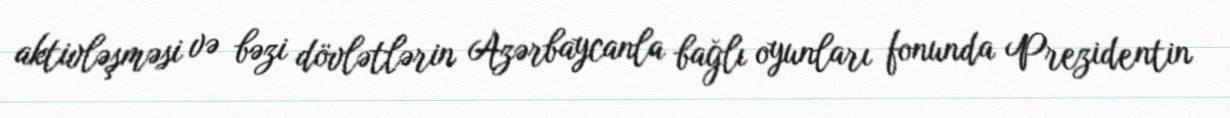
aktivləşməsi və bəzi dövlətlərin Azərbaycanla bağlı oyunları fonunda Prezidentin